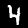
Label: 4